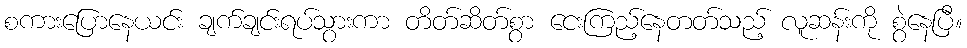
စကားပြောနေယင်း ချက်ချင်းရပ်သွားကာ တိတ်ဆိတ်စွာ ငေးကြည့်နေတတ်သည့် လူဆန်းကို စွဲနေပြီ။